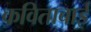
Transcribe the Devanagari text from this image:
कविताबाई